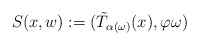
\begin{align*}S(x,w):=(\tilde T_{\alpha(\omega)}(x),\varphi\omega)\end{align*}